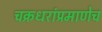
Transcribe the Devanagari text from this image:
चक्रधरांप्रमाणेच